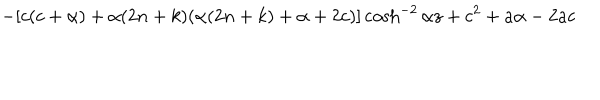
LaTeX: - [ c ( c + \alpha ) + \alpha ( 2 n + k ) ( \alpha ( 2 n + k ) + \alpha + 2 c ) ] \cosh ^ { - 2 } { \alpha z } + c ^ { 2 } + a \alpha - 2 a c